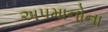
અપમાનોના